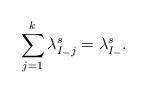
LaTeX: \begin{align*} \sum_{j=1}^k \lambda_{I_-j}^s = \lambda^s_{I_-}.\end{align*}